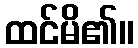
ထင်မိ၏။